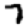
Digit: 7